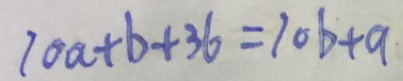
1 0 a + b + 3 6 = 1 0 b + a